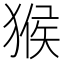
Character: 猴